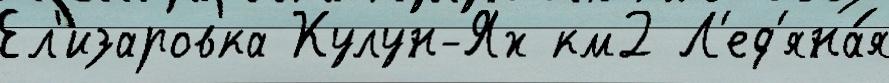
Ел'изаровка Кулун-Ях км2 Л'ед'яна́я